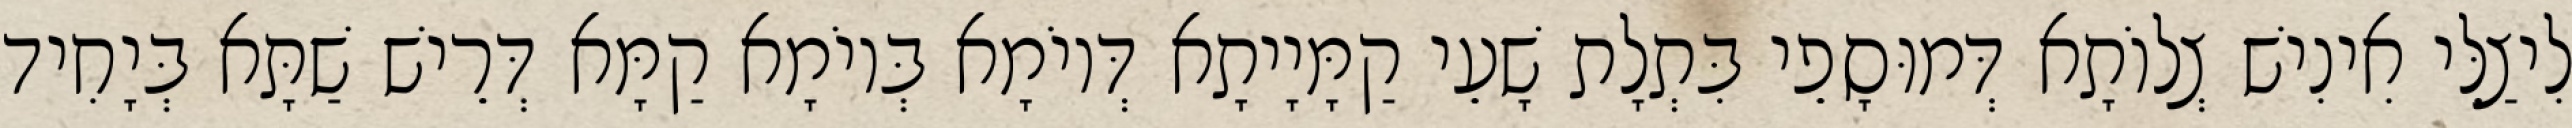
לִיצַלֵּי אִינִישׁ צְלוֹתָא דְּמוּסָפֵי בִּתְלָת שָׁעֵי קַמָּיָיתָא דְּיוֹמָא בְּיוֹמָא קַמָּא דְּרֵישׁ שַׁתָּא בְּיָחִיד